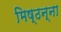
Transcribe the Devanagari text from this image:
मिष्ठन्ना